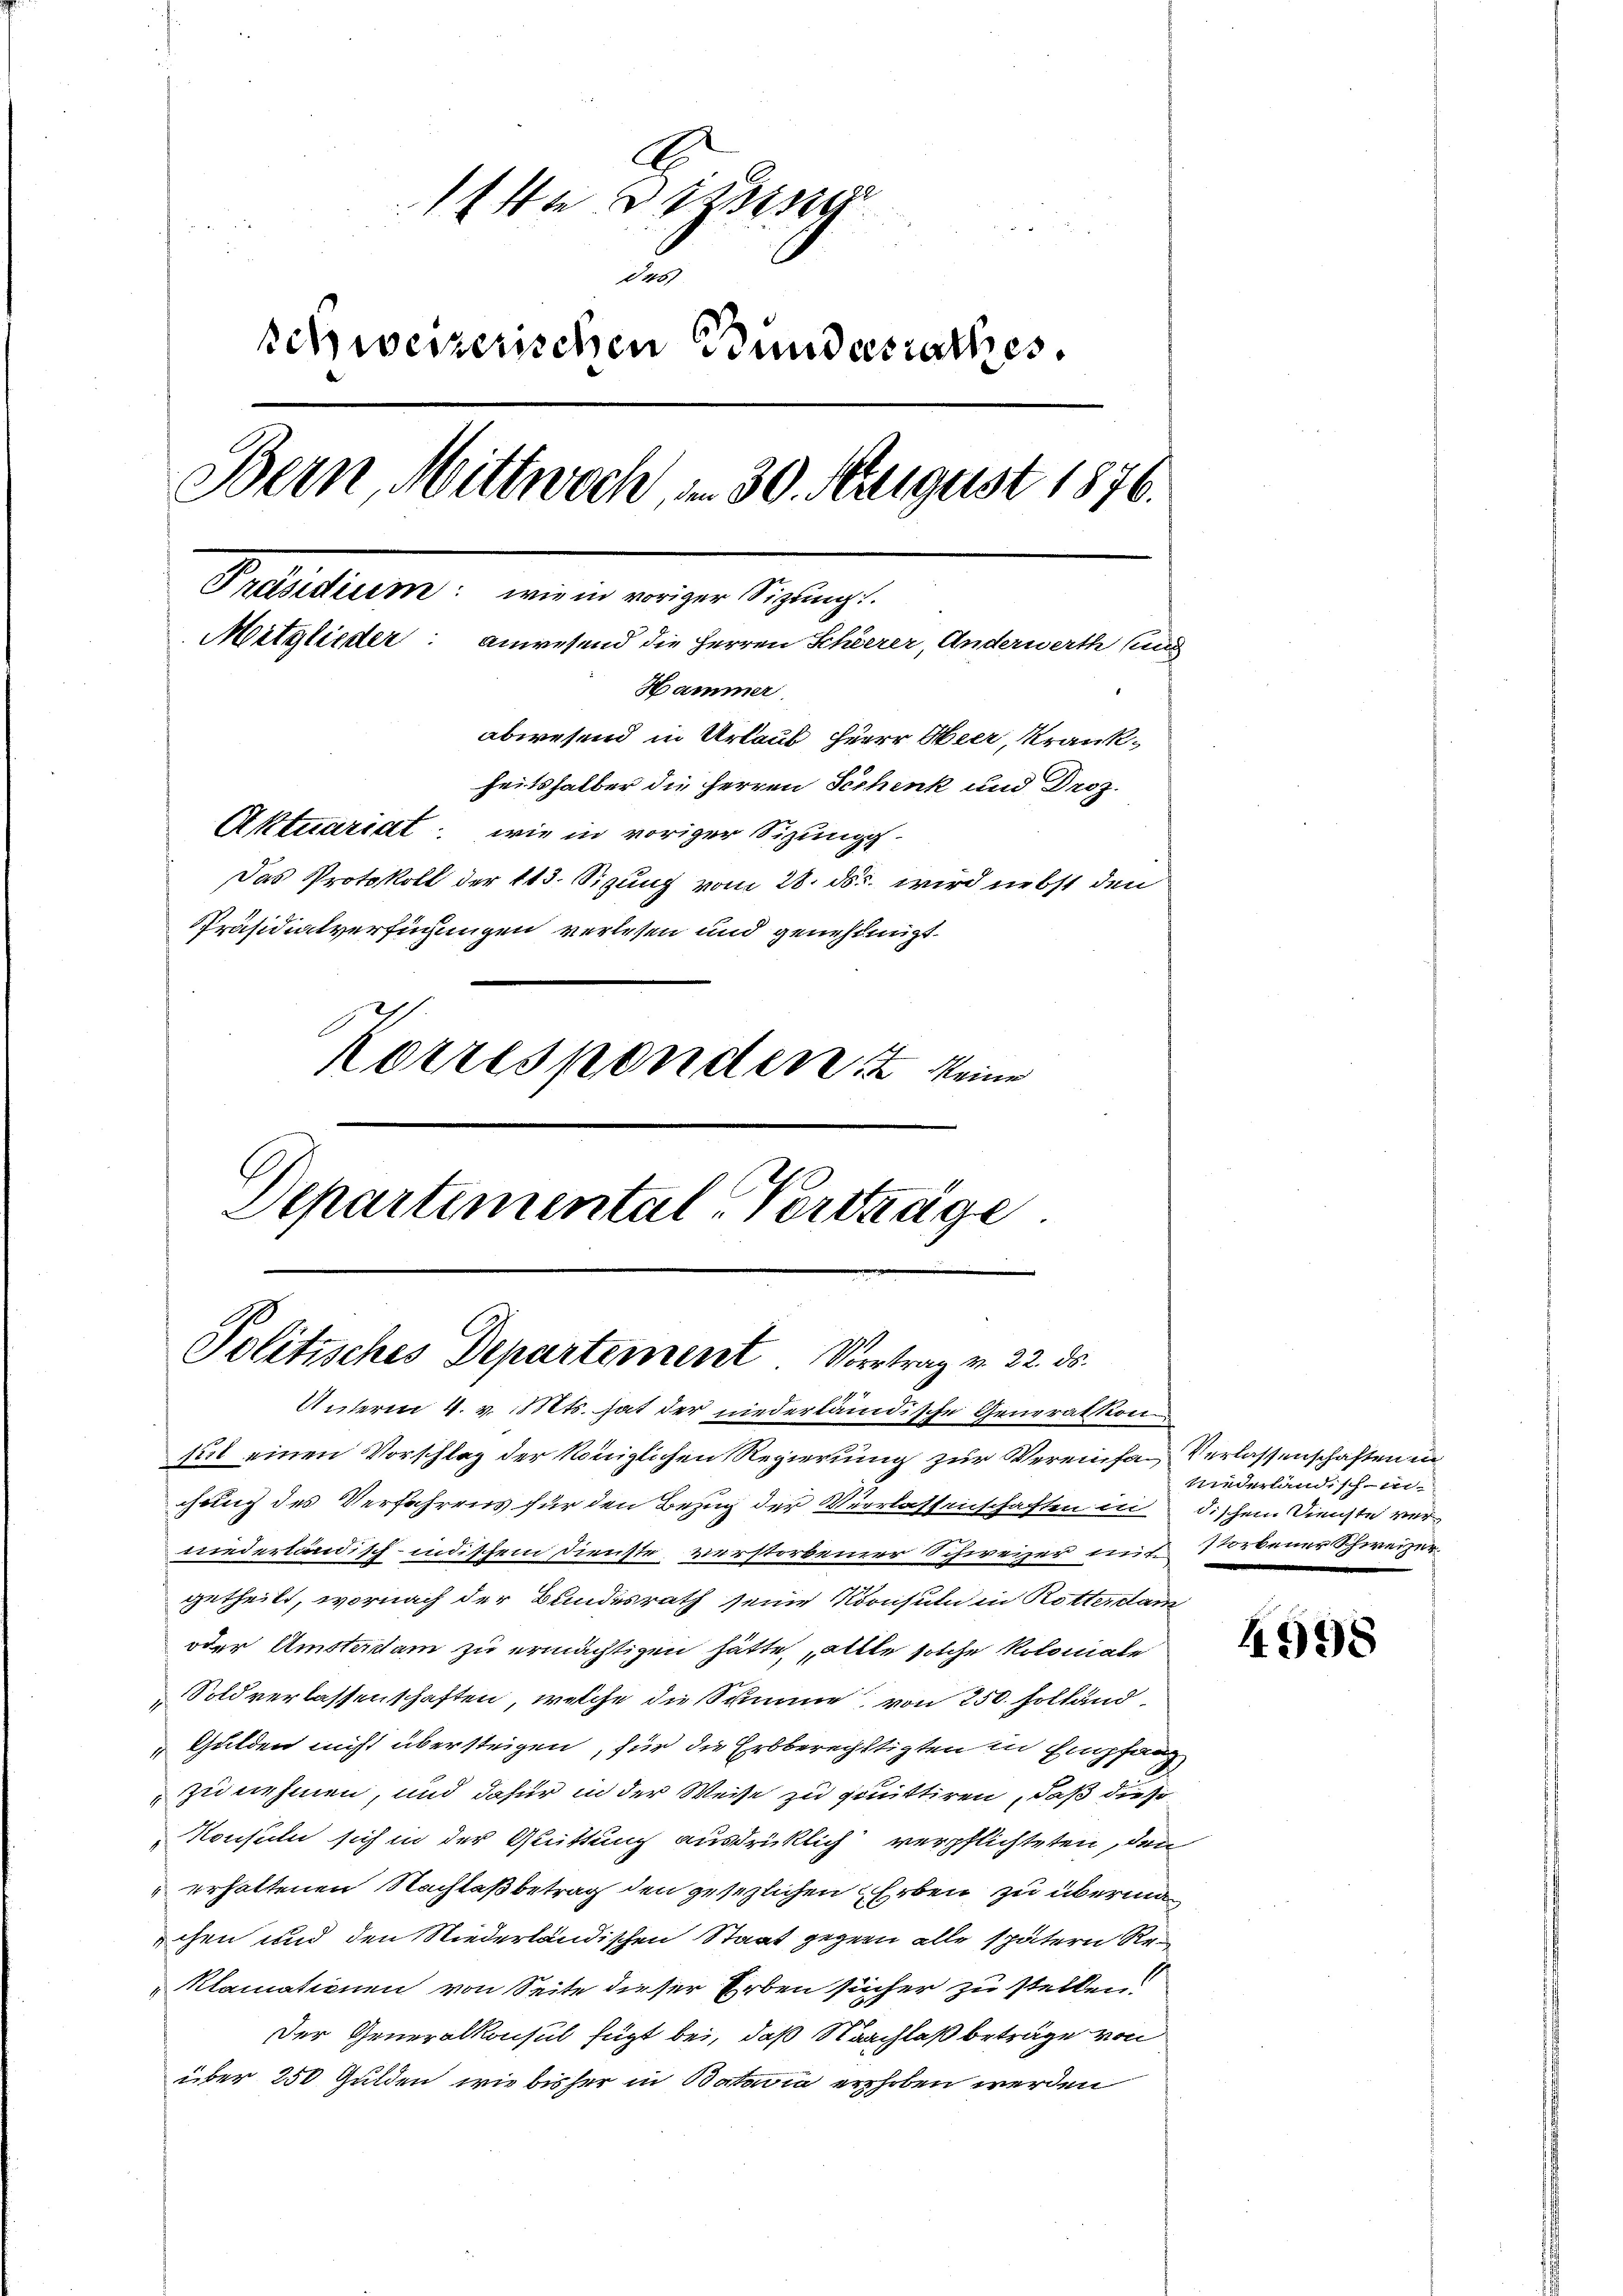
kt Dissen
d
u
schweizerischen Bundesrathes.
Bern, Mittwoch, am 30. August 1876.
 ....................................
Mitglieder: anwesend die Herren Scheerer, Anderwerth und
Hammer
abwesend in Urlaub, Herr Heer, Krankheitshalber die Herren Sichenk und Droz.
Aktuariat, wie in voriger Sizungs-
Das Protokoll der 113. Sizung vom 28. ds. wird nebst den
Präsidialverfügungen verlesen und genehmigt.
Korresponden keine
Departemental-Vertrage

C
Politisches Departement. Vertrag v. 22. ds.

Unterm 4. v. Mts. hat der niederländische Generation
sit einen Vorschlag der Königlichen Regierung zur Vereinfa-Verlassenschaften in
chung des Verfahrens für den Bezug der Verlassenschaften in dischem Dienste verniederländisch-indischem Dienste verstorbener Schweizer mit Storbener Schweizer.
getheilt, wornach der Bundesrath seine Konsuln in Rotterstam
oder Amsterdam zu ermächtigen hätte, alle solche Koloniale
Sold verlassenschaften, welche die Summe von 250. Folland¬
Gulden nicht übersteigen, für die Erbberechtigten in Empfang
zu nehmen, und dafür in der Weise zu quittiren, daß die
Konsuln sich in der Quittung ausdrücklich verpflichteten, den
erhaltenen Nachlaß betrag den gesezlichen Erben zu übermachen und den Niederländischen Staat gegen alle spätern Re¬
Klamationen von Seite dieser Erben sicher zu stellen.
Der Generalkonsul fügt bei, daß Naachlaß beträge von
über 250 Gulden, wie bisher in Batavia erhoben werden

Niederländisch-in

4998